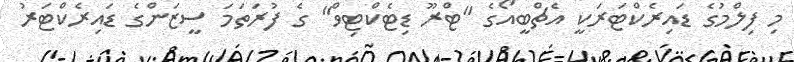
މި ފިލްމުގެ ޑައިރެކްޓަރަކީ އެޗްބީއޯގެ "ޓްރޫ ޑިޓެކްޓިވް" ގެ ފުރަތަމަ ސީޒަންގެ ޑައިރެކްޓަރު